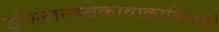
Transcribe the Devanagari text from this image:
इश्त्लिल्क्वेकावाकात्सिनची